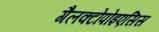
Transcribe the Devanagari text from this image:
गैलक्टोपोइएसिस